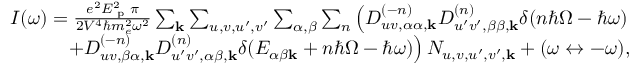
\begin{array} { r } { I ( \omega ) = \frac { e ^ { 2 } E _ { \textrm { p } } ^ { 2 } \pi } { 2 V ^ { 4 } \hbar m _ { e } ^ { 2 } \omega ^ { 2 } } \sum _ { \mathbf { k } } \sum _ { u , v , u ^ { \prime } , v ^ { \prime } } \sum _ { \alpha , \beta } \sum _ { n } \left( D _ { u v , \alpha \alpha , \mathbf { k } } ^ { ( - n ) } D _ { u ^ { \prime } v ^ { \prime } , \beta \beta , \mathbf { k } } ^ { ( n ) } \delta ( n \hbar \Omega - \hbar \omega ) \right. } \\ { \left. + D _ { u v , \beta \alpha , \mathbf { k } } ^ { ( - n ) } D _ { u ^ { \prime } v ^ { \prime } , \alpha \beta , \mathbf { k } } ^ { ( n ) } \delta ( E _ { \alpha \beta \mathbf { k } } + n \hbar \Omega - \hbar \omega ) \right) N _ { u , v , u ^ { \prime } , v ^ { \prime } , \mathbf { k } } + ( \omega \leftrightarrow - \omega ) , } \end{array}